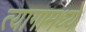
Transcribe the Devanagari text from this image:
त्यागामध्ये